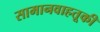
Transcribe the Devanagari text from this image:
सामानवाहतूकी